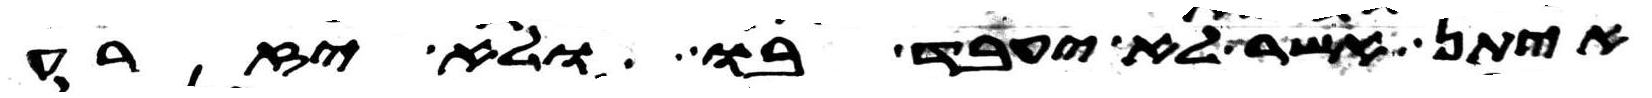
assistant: איתן אשר לא יעבד בו ולא יזרע